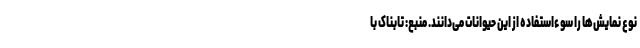
نوع نمایش‌ها را سوءاستفاده از این حیوانات می‌دانند. منبع: تابناک با